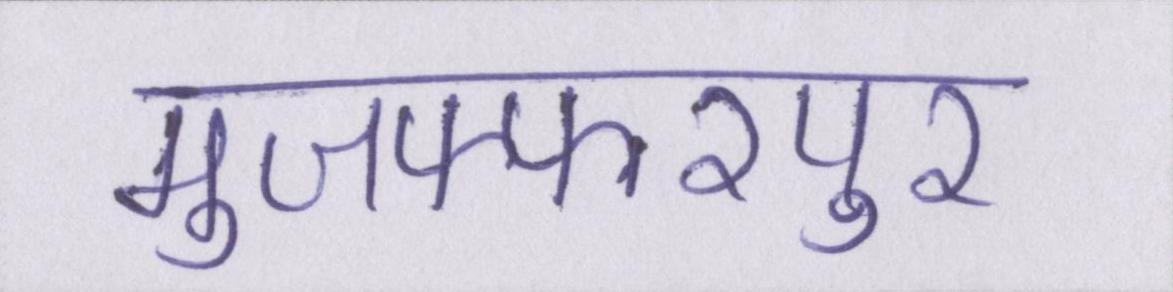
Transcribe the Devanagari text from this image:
मुजफ्फरपुर